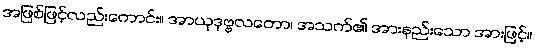
အဖြစ်ဖြင့်လည်းကောင်း။ အာယုဒုဗ္ဗလတော၊ အသက်၏ အားနည်းသော အားဖြင့်။